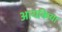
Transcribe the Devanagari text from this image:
आयकिया